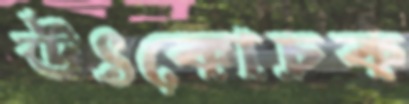
উৎকোচক